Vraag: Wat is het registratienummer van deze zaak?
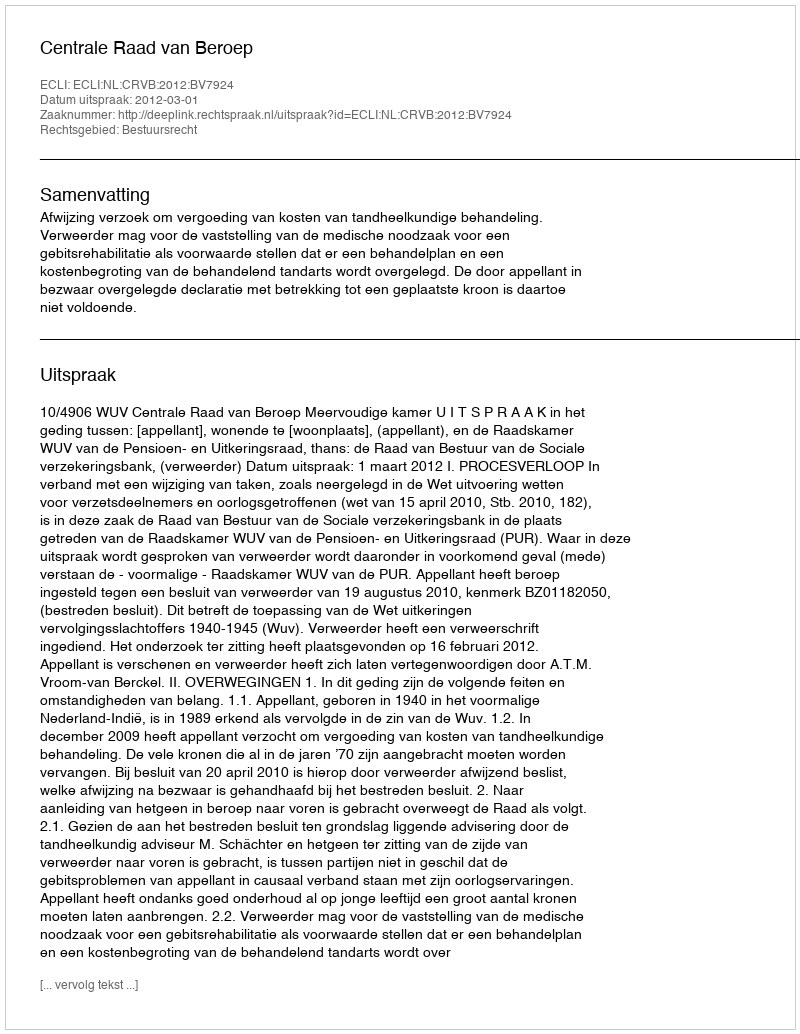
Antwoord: http://deeplink.rechtspraak.nl/uitspraak?id=ECLI:NL:CRVB:2012:BV7924